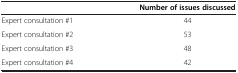
|  | Number of issues discussed |
 | --- | --- |
 | Expert consultation #1 | 44 |
 | Expert consultation #2 | 53 |
 | Expert consultation #3 | 48 |
 | Expert consultation #4 | 42 |